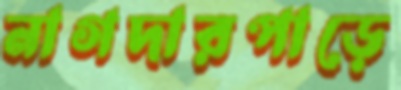
নাগদারপাড়ে